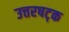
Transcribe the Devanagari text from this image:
उत्तरषट्क